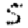
Digit: 5